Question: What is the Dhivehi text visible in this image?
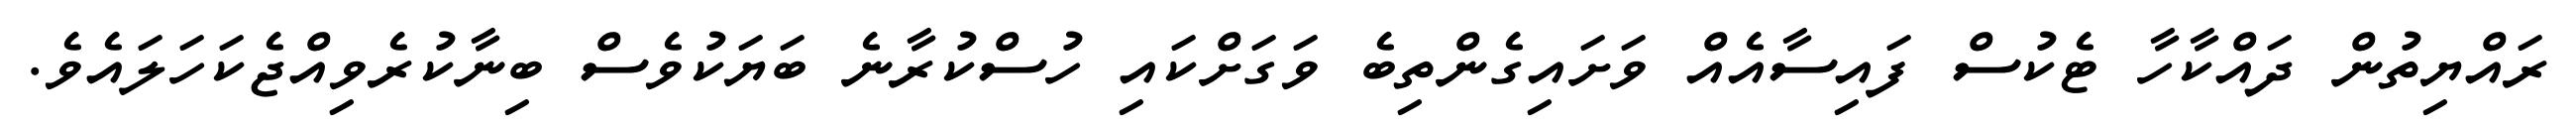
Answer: ރައްޔިތުން ދައްކާހާ ޓެކުސް ފައިސާއެއް ވަށައިގެންތިބެ ވަގަށްކައި ހުސްކުރާނެ ބަޔަކުވެސް ބިނާކުރެވިއްޖެކަހަލައެވެ.